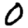
Digit: 0